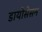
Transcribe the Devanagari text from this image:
डायोसेसन